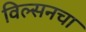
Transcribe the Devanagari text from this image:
विल्सनचा